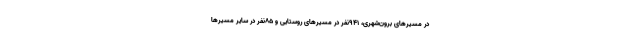
در مسیرهای برون‌شهری، ۹۴۱نفر در مسیرهای روستایی و ۸۵نفر در سایر مسیرها